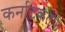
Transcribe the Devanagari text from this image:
कर्नाटकतर्फे